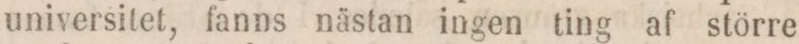
universitet, fanns nästan ingen ting af större